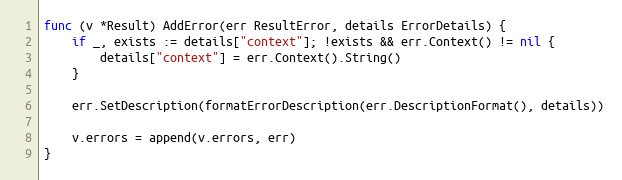
Language: Go
func (v *Result) AddError(err ResultError, details ErrorDetails) {
	if _, exists := details["context"]; !exists && err.Context() != nil {
		details["context"] = err.Context().String()
	}

	err.SetDescription(formatErrorDescription(err.DescriptionFormat(), details))

	v.errors = append(v.errors, err)
}